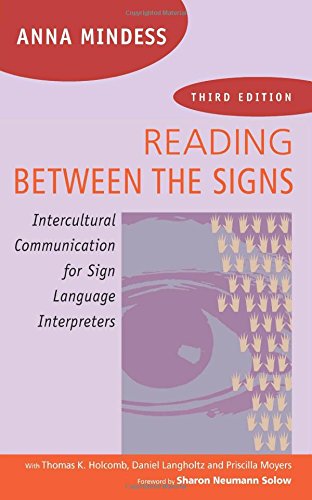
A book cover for Reading Between the Signs: Intercultural Communication for Sign Language Interpreters 3rd Edition; Anna Mindess; Health, Fitness & Dieting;